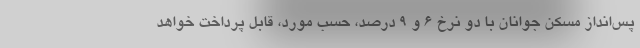
پس‌انداز مسکن جوانان با دو نرخ ۶ و ۹ درصد، حسب مورد، قابل پرداخت خواهد